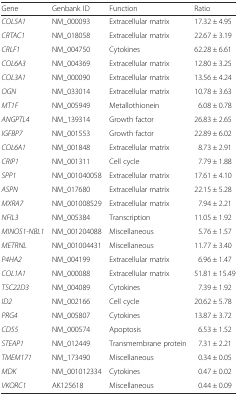
<table><thead><tr><td><b>Gene</b></td><td><b>Genbank ID</b></td><td><b>Function</b></td><td><b>Ratio</b></td></tr></thead><tbody><tr><td><i>COL5A1</i></td><td>NM_000093</td><td>Extracellular matrix</td><td>17.32 ± 4.95</td></tr><tr><td><i>CRTAC1</i></td><td>NM_018058</td><td>Extracellular matrix</td><td>22.67 ± 3.19</td></tr><tr><td><i>CRLF1</i></td><td>NM_004750</td><td>Cytokines</td><td>62.28 ± 6.61</td></tr><tr><td><i>COL6A3</i></td><td>NM_004369</td><td>Extracellular matrix</td><td>12.80 ± 3.25</td></tr><tr><td><i>COL3A1</i></td><td>NM_000090</td><td>Extracellular matrix</td><td>13.56 ± 4.24</td></tr><tr><td><i>OGN</i></td><td>NM_033014</td><td>Extracellular matrix</td><td>10.78 ± 3.63</td></tr><tr><td><i>MT1F</i></td><td>NM_005949</td><td>Metallothionein</td><td>6.08 ± 0.78</td></tr><tr><td><i>ANGPTL4</i></td><td>NM_139314</td><td>Growth factor</td><td>26.83 ± 2.65</td></tr><tr><td><i>IGFBP7</i></td><td>NM_001553</td><td>Growth factor</td><td>22.89 ± 6.02</td></tr><tr><td><i>COL6A1</i></td><td>NM_001848</td><td>Extracellular matrix</td><td>8.73 ± 2.91</td></tr><tr><td><i>CRIP1</i></td><td>NM_001311</td><td>Cell cycle</td><td>7.79 ± 1.88</td></tr><tr><td><i>SPP1</i></td><td>NM_001040058</td><td>Extracellular matrix</td><td>17.61 ± 4.10</td></tr><tr><td><i>ASPN</i></td><td>NM_017680</td><td>Extracellular matrix</td><td>22.15 ± 5.28</td></tr><tr><td><i>MXRA7</i></td><td>NM_001008529</td><td>Extracellular matrix</td><td>7.94 ± 2.21</td></tr><tr><td><i>NFIL3</i></td><td>NM_005384</td><td>Transcription</td><td>11.05 ± 1.92</td></tr><tr><td><i>MINOS1-NBL1</i></td><td>NM_001204088</td><td>Miscellaneous</td><td>5.76 ± 1.57</td></tr><tr><td><i>METRNL</i></td><td>NM_001004431</td><td>Miscellaneous</td><td>11.77 ± 3.40</td></tr><tr><td><i>P4HA2</i></td><td>NM_004199</td><td>Extracellular matrix</td><td>6.96 ± 1.47</td></tr><tr><td><i>COL1A1</i></td><td>NM_000088</td><td>Extracellular matrix</td><td>51.81 ± 15.49</td></tr><tr><td><i>TSC22D3</i></td><td>NM_004089</td><td>Cytokines</td><td>7.39 ± 1.92</td></tr><tr><td><i>ID2</i></td><td>NM_002166</td><td>Cell cycle</td><td>20.62 ± 5.78</td></tr><tr><td><i>PRG4</i></td><td>NM_005807</td><td>Cytokines</td><td>13.87 ± 3.72</td></tr><tr><td><i>CD55</i></td><td>NM_000574</td><td>Apoptosis</td><td>6.53 ± 1.52</td></tr><tr><td><i>STEAP1</i></td><td>NM_012449</td><td>Transmembrane protein</td><td>7.31 ± 2.21</td></tr><tr><td><i>TMEM171</i></td><td>NM_173490</td><td>Miscellaneous</td><td>0.34 ± 0.05</td></tr><tr><td><i>MDK</i></td><td>NM_001012334</td><td>Cytokines</td><td>0.47 ± 0.02</td></tr><tr><td><i>VKORC1</i></td><td>AK125618</td><td>Miscellaneous</td><td>0.44 ± 0.09</td></tr></tbody></table>